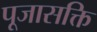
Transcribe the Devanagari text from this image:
पूजासक्ति